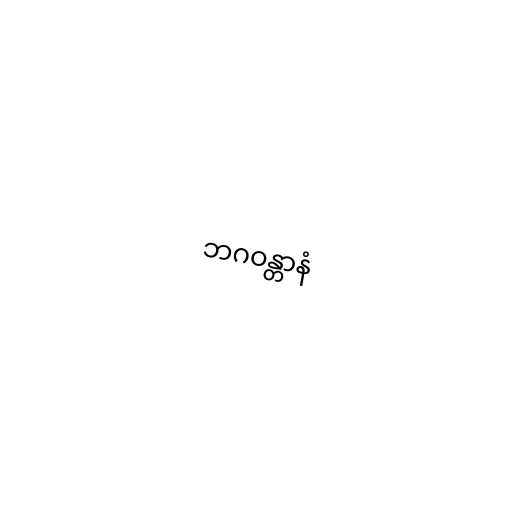
ဘဂဝန္တာနံ